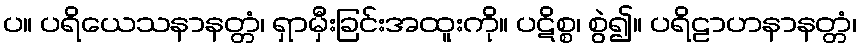
ပ။ ပရိယေသနာနတ္တံ၊ ရှာမှီးခြင်းအထူးကို။ ပဋိစ္စ၊ စွဲ၍။ ပရိဠာဟနာနတ္တံ၊